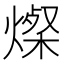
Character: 𬋁